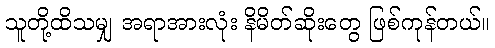
သူတို့ထိသမျှ အရာအားလုံး နိမိတ်ဆိုးတွေ ဖြစ်ကုန်တယ်။